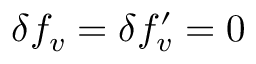
\delta f _ { v } = \delta f _ { v } ^ { \prime } = 0